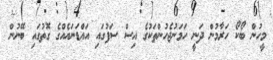
މީހުން ބޯކޯ ހަރާމުން ދަނީ ހަމަނުޖެހުންތަކުގެ އިސް ސަފުގައި އައްޑަނައެއްގެ ގޮތުގައި ބޭނުން